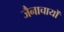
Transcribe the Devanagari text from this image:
जैनाचायों